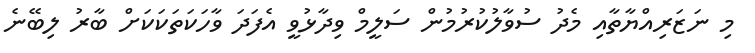
މި ނަޒަރިއްޔާތާއި މެދު ސުވާލުކުރުމުން ސަލީމް ވިދާޅުވީ އެފަދަ ވާހަކަތަކަކަށް ބާރު ލިބޭނެ